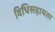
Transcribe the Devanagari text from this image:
विधिसहायता